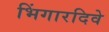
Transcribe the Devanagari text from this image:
भिंगारदिवे